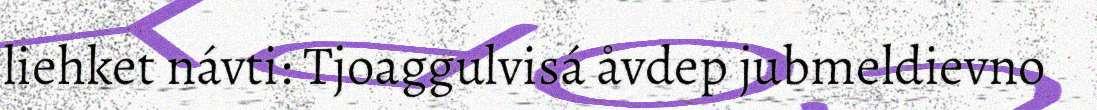
liehket návti: Tjoaggulvisá åvdep jubmeldievno